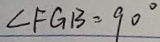
\angle F G B = 9 0 ^ { \circ }